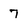
Character: 7